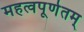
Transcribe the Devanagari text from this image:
महत्वपूर्णतम्